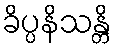
ခိပ္ပနိသန္တိ